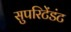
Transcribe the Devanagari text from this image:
सुपरिटेंडंट